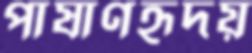
পাষাণহৃদয়